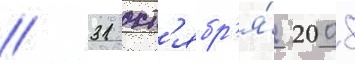
// 31 окт'ябр'я́ 2008